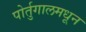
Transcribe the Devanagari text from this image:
पोर्तुगालमधून